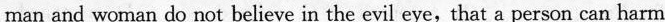
man and woman do not believe in the evil eye, that a person can harm